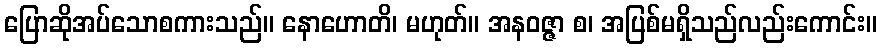
ပြောဆိုအပ်သောစကားသည်။ နောဟောတိ၊ မဟုတ်။ အနဝဇ္ဇာ စ၊ အပြစ်မရှိသည်လည်းကောင်း။